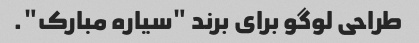
طراحی لوگو برای برند "سیاره مبارک".